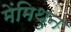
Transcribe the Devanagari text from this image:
मेंमिथुन